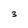
Character: 3